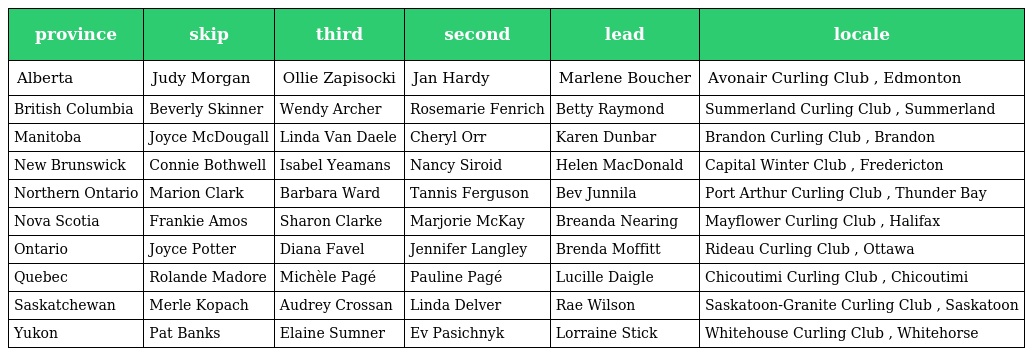
| province | skip | third | second | lead | locale |
 | --- | --- | --- | --- | --- | --- |
 | Alberta | Judy Morgan | Ollie Zapisocki | Jan Hardy | Marlene Boucher | Avonair Curling Club , Edmonton |
 | British Columbia | Beverly Skinner | Wendy Archer | Rosemarie Fenrich | Betty Raymond | Summerland Curling Club , Summerland |
 | Manitoba | Joyce McDougall | Linda Van Daele | Cheryl Orr | Karen Dunbar | Brandon Curling Club , Brandon |
 | New Brunswick | Connie Bothwell | Isabel Yeamans | Nancy Siroid | Helen MacDonald | Capital Winter Club , Fredericton |
 | Northern Ontario | Marion Clark | Barbara Ward | Tannis Ferguson | Bev Junnila | Port Arthur Curling Club , Thunder Bay |
 | Nova Scotia | Frankie Amos | Sharon Clarke | Marjorie McKay | Breanda Nearing | Mayflower Curling Club , Halifax |
 | Ontario | Joyce Potter | Diana Favel | Jennifer Langley | Brenda Moffitt | Rideau Curling Club , Ottawa |
 | Quebec | Rolande Madore | Michèle Pagé | Pauline Pagé | Lucille Daigle | Chicoutimi Curling Club , Chicoutimi |
 | Saskatchewan | Merle Kopach | Audrey Crossan | Linda Delver | Rae Wilson | Saskatoon-Granite Curling Club , Saskatoon |
 | Yukon | Pat Banks | Elaine Sumner | Ev Pasichnyk | Lorraine Stick | Whitehouse Curling Club , Whitehorse |